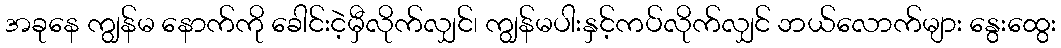
အခုနေ ကျွန်မ နောက်ကို ခေါင်းငဲ့မှီလိုက်လျှင်၊ ကျွန်မပါးနှင့်ကပ်လိုက်လျှင် ဘယ်လောက်များ နွေးထွေး